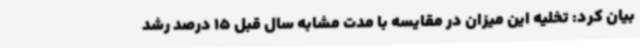
بیان کرد: تخلیه این میزان در مقایسه با مدت مشابه سال قبل 15 درصد رشد